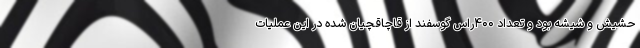
حشیش و شیشه بود و تعداد ۴۰۰راس گوسفند از قاچاقچیان شده در این عملیات